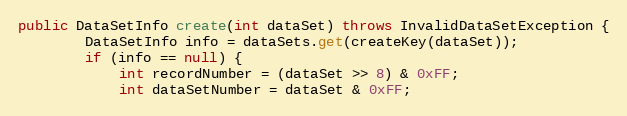
Language: Java
public DataSetInfo create(int dataSet) throws InvalidDataSetException {
		DataSetInfo info = dataSets.get(createKey(dataSet));
		if (info == null) {
			int recordNumber = (dataSet >> 8) & 0xFF;
			int dataSetNumber = dataSet & 0xFF;